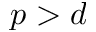
p > d